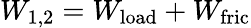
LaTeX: W_{\mathrm{1,2}}=W_{\mathrm{load}}+W_{\mathrm{fric}}